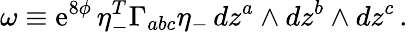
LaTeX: \omega\equiv\mathrm{e}^{8\phi}\, \eta_{-}^{T}\Gamma_{abc}\eta_{-}\, dz^{a}\wedge dz^{b}\wedge dz^{c}\, .